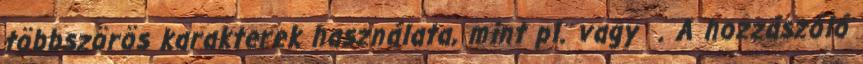
többszörös karakterek használata, mint pl. vagy. A hozzászóló